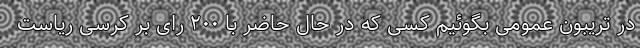
در تریبون عمومی بگوئیم کسی که در حال حاضر با ۲۰۰ رای بر کرسی ریاست